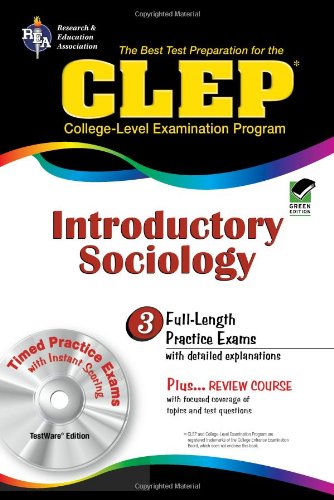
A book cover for CLEP Introductory Sociology w/CD (REA) - The Best Test Prep for the CLEP Exam (Test Preps); William Egelman; Test Preparation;